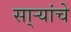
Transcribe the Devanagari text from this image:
सा्र्‍यांचे